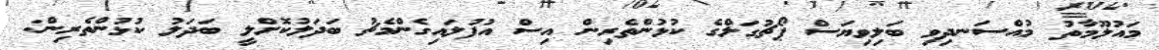
މައުލޫމާތު މުއްސަނދިވި ބަލިވިޔަސް ޕޯޗުގަލްގެ ކުޅުންތެރިން އިސް އުފުލައިގެންމެޗު ބަދަލުކޮށްލީ ބަދަލު ކުޅުންތެރިން: